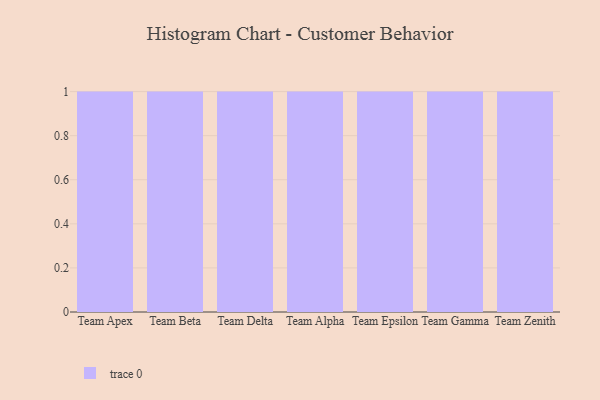
{"axis": {"x": "Team", "y": "Headcount"}, "legend": [""], "data": [{"x": "Team Apex", "y": 32, "type": ""}, {"x": "Team Beta", "y": 18, "type": ""}, {"x": "Team Delta", "y": 41, "type": ""}, {"x": "Team Alpha", "y": 90, "type": ""}, {"x": "Team Epsilon", "y": 60, "type": ""}, {"x": "Team Gamma", "y": 98, "type": ""}, {"x": "Team Zenith", "y": 94, "type": ""}]}